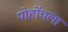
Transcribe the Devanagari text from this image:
पोहोंचला